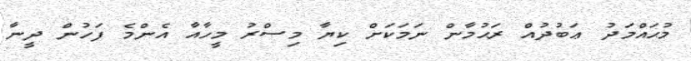
މުޙައްމަދު ޢަބުދުއް ރަޙުމާން ނަމަކަށް ކިޔާ މިސްރު މީހާއާ އެންމެ ފަހުން ދީނާ